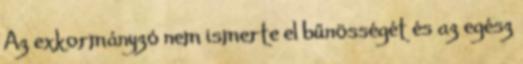
Az exkormányzó nem ismerte el bűnösségét és az egész